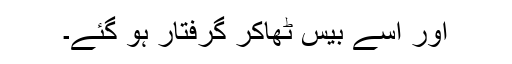
اور اسے بیس ٹھاکر گرفتار ہو گئے۔